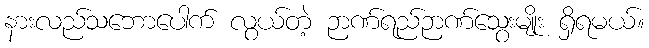
နားလည်သဘောပေါက် လွယ်တဲ့ ဉာဏ်ရည်ဉာဏ်သွေးမျိုး ရှိရမယ်။